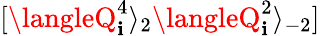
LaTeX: [\langleQ_{\mathbf{i}}^{4}\rangle_{2}\langleQ_{\mathbf{i}}^{2}\rangle_{-2}]